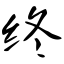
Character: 终